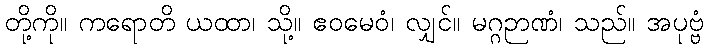
တို့ကို။ ကရောတိ ယထာ၊ သို့။ ဧဝမေဝံ၊ လျှင်။ မဂ္ဂဉာဏံ၊ သည်။ အပုဗ္ဗံ